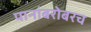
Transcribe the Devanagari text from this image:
पानांबरोबरच